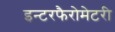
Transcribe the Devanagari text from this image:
इन्टरफैरोमेटरी